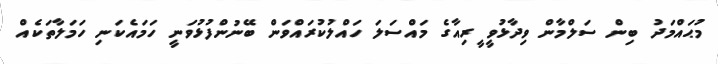
މުޙައްމަދު ބިން ސަލްމާން ވިދާޅުވީ ީރިއާގެ މައްސަލަ ހައްލުކުރައްވަން ބޭނުންފުޅުވަނީ ހަމައެކަނި ހަމަލާތަކެއް